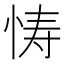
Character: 㤽